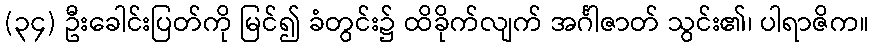
(၃၄) ဦးခေါင်းပြတ်ကို မြင်၍ ခံတွင်း၌ ထိခိုက်လျက် အင်္ဂါဇာတ် သွင်း၏၊ ပါရာဇိက။